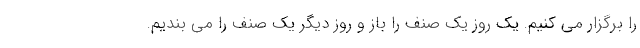
را برگزار می کنیم. یک روز یک صنف را باز و روز دیگر یک صنف را می بندیم.